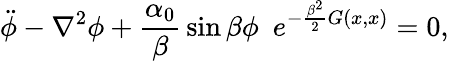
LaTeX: \ddot{\phi}-\nabla^{2}\phi+{\frac{\alpha_{0}}{\beta}}\sin\beta\phi~~e^{-{\frac{\beta^{2}}{2}}G(x,x)}=0,